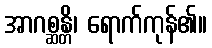
အာဂစ္ဆန္တိ၊ ရောက်ကုန်၏။